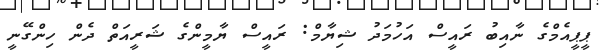
ޕީޕީއެމްގެ ނާއިބު ރައީސް އަހުމަދު ޝިޔާމް: ރައީސް ޔާމީންގެ ޝަރީއަތް ދެން ހިންގޭނީ